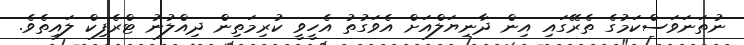
ނުތަނަވަސްކަމުގެ ތެރޭގައި އިން ދާނިޔަލްއަށް އެވަގުތު އެހީވީ ކުރިމަތިން ދިއްލުނު ޓްރެފިކް ލައިތެވެ.